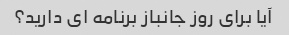
آیا برای روز جانباز برنامه ای دارید؟